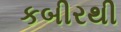
કબીરથી